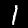
Label: 1